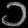
Digit: ၁